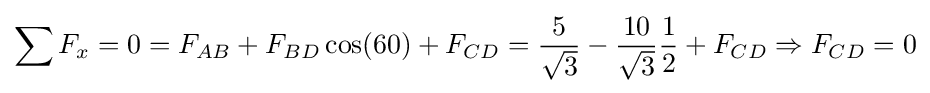
\sum F_{x}=0=F_{AB}+F_{BD}\cos(60)+F_{CD}={\frac {5}{\sqrt {3}}}-{\frac {10}{\sqrt {3}}}{\frac {1}{2}}+F_{CD}\Rightarrow F_{CD}=0